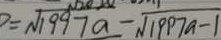
P = \sqrt { 1 9 9 7 a } - \sqrt { 1 9 9 7 a - 1 }